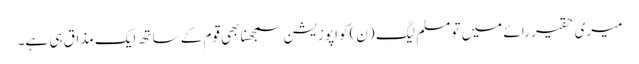
میری حقیر رائے میں تو مسلم لیگ (ن)کو اپوزیشن سمجھنا بھی قوم کے ساتھ ایک مذاق ہی ہے۔